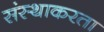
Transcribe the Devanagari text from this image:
संस्थाकरता